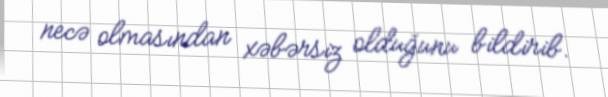
necə olmasından xəbərsiz olduğunu bildirib.